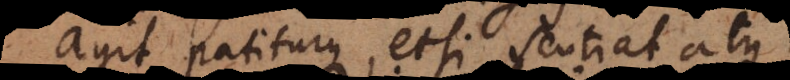
agit patiturque, etsi sentiat atque